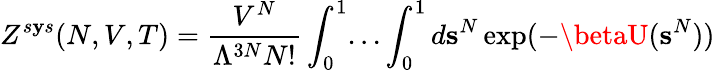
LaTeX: Z^{s\mathbf{y}s}(N,V,T)={\frac{{V^{N}}}{{\Lambda^{3N}N!}}}\int_{0}^{1}...\int_{0}^{1}d\mathbf{{s}}^{N}\exp(-\betaU(\mathbf{{s}}^{N}))